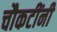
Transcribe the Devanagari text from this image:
चौकटींनी